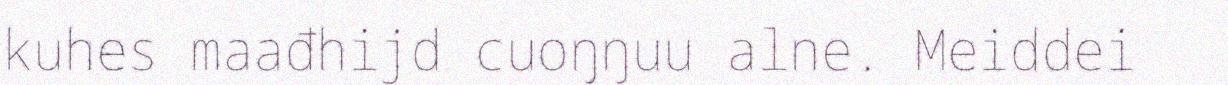
kuhes maađhijd cuoŋŋuu alne. Meiddei